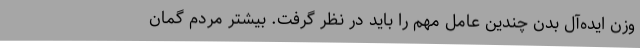
وزن ایده‌آل بدن چندین عامل مهم را باید در نظر گرفت. بیشتر مردم گمان